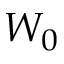
W _ { 0 }